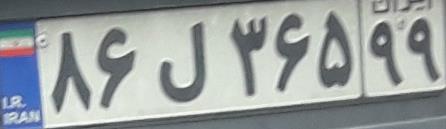
۸۶ل۳۶۵۹۹